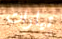
تيارات